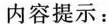
内容提示：